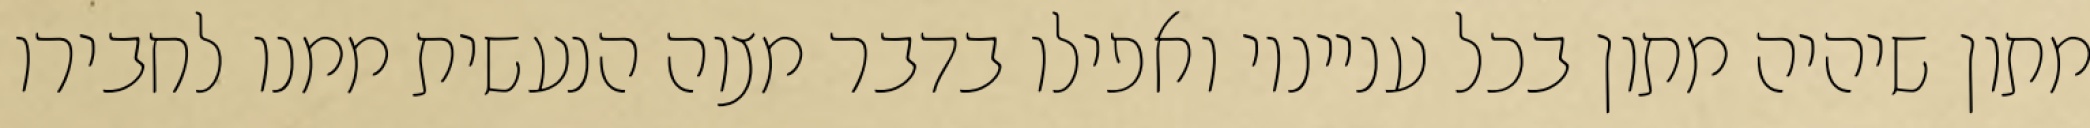
מתון שיהיה מתון בכל ענייניו ואפילו בדבר מצוה הנעשית ממנו לחבירו